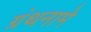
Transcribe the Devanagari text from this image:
ग्रंथनामे